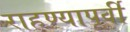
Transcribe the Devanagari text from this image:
राहण्यापूर्वी